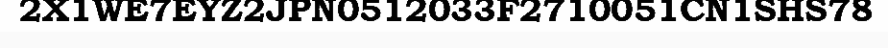
2X1WE7EYZ2JPN0512033F2710051CN1SHS78